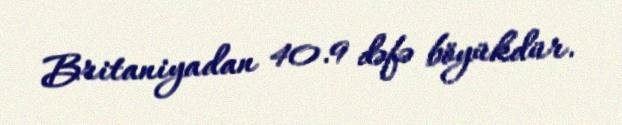
Britaniyadan 40.9 dəfə böyükdür.